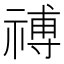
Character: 禣